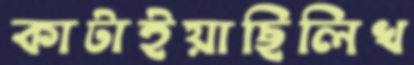
কাটাইয়াছিলিখ